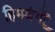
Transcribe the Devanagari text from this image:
हिमश्रृंगों